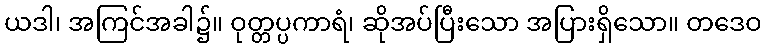
ယဒါ၊ အကြင်အခါ၌။ ဝုတ္တပ္ပကာရံ၊ ဆိုအပ်ပြီးသော အပြားရှိသော။ တဒေဝ